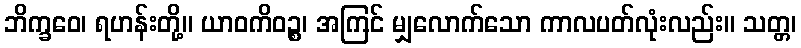
ဘိက္ခဝေ၊ ရဟန်းတို့။ ယာဝကိဝဉ္စ၊ အကြင် မျှလောက်သော ကာလပတ်လုံးလည်း။ သတ္တ၊